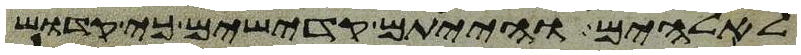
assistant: לאלהים והייתם קדישים כי קדוש